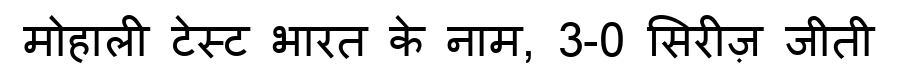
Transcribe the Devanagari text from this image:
मोहाली टेस्ट भारत के नाम, 3-0 सिरीज़ जीती